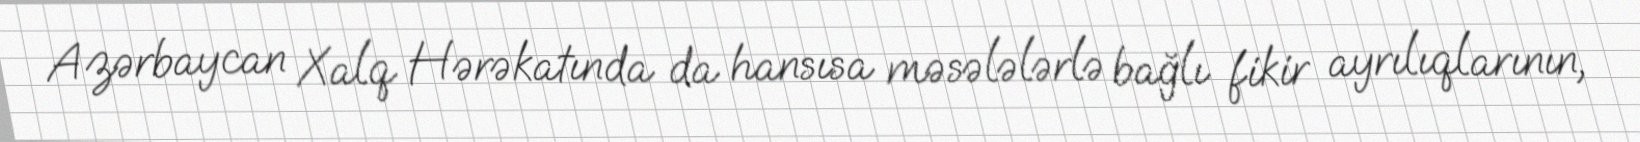
Azərbaycan Xalq Hərəkatında da hansısa məsələlərlə bağlı fikir ayrılıqlarının,